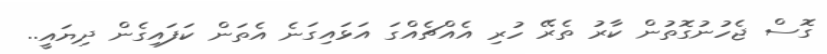
ގޮސް ޖެހުނުގޮތުން ކާރު ތެރޭ ހުރި އެއްޗެއްގަ އަޅައިގަނެ އެތަން ކަފައިގެން ދިޔައީ..